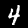
Digit: 4